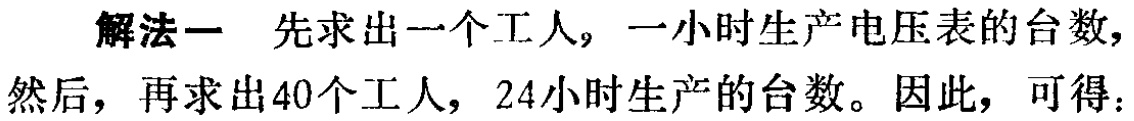
解法一 先求出一个工人，一小时生产电压表的台数，然后，再求出40个工人，24小时生产的台数。因此，可得：